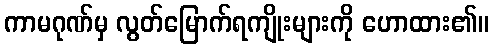
ကာမဂုဏ်မှ လွတ်မြောက်ရကျိုးများကို ဟောထား၏။